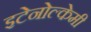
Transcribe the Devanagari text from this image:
इटेनोल्केमी